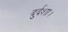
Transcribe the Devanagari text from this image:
दुर्दशा।